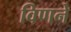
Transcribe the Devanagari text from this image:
विणने